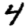
Digit: 4